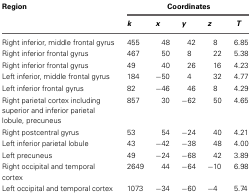
| Region | <COLSPAN=5> Coordinates |
 |  | k | x | y | z | T |
 | --- | --- | --- | --- | --- | --- |
 | Right inferior, middle frontal gyrus | 455 | 48 | 42 | 8 | 6.85 |
 | Right inferior frontal gyrus | 467 | 50 | 8 | 22 | 5.38 |
 | Right inferior frontal gyrus | 49 | 40 | 26 | 16 | 4.23 |
 | Left inferior, middle frontal gyrus | 184 | −50 | 4 | 32 | 4.77 |
 | Left inferior frontal gyrus | 82 | −46 | 46 | 8 | 4.29 |
 | Right parietal cortex including superior and inferior parietal lobule, precuneus | 857 | 30 | −62 | 50 | 4.65 |
 | Right postcentral gyrus | 53 | 54 | −24 | 40 | 4.21 |
 | Left inferior parietal lobule | 43 | −42 | −38 | 48 | 4.00 |
 | Left precuneus | 49 | −24 | −68 | 42 | 3.89 |
 | Right occipital and temporal cortex | 2649 | 44 | −64 | −10 | 6.98 |
 | Left occipital and temporal cortex | 1073 | −34 | −60 | −4 | 5.74 |